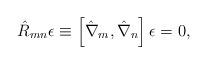
LaTeX: \begin{align*}\hat{R}_{mn}\epsilon \equiv \left[\hat{\nabla}_m,\hat{\nabla}_n\right]\epsilon =0, \end{align*}